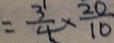
= \frac { 3 } { 4 } \times \frac { 2 0 } { 1 0 }